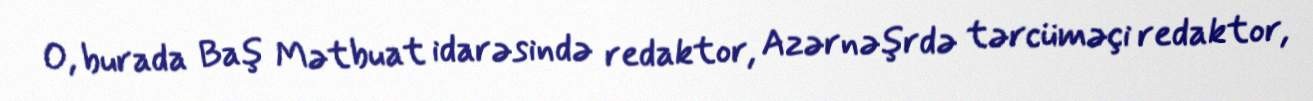
O, burada Baş Mətbuat idarəsində redaktor, Azərnəşrdə tərcüməçi redaktor,